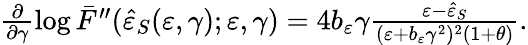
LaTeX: \begin{array}{r}{\frac{\partial}{\partial\gamma}\log{\bar{F}^{\prime\prime}(\hat{\varepsilon}_{S}(\varepsilon,\gamma);\varepsilon,\gamma)}=4b_{\varepsilon}\gamma\frac{\varepsilon-\hat{\varepsilon}_{S}}{(\varepsilon+b_{\varepsilon}\gamma^{2})^{2}(1+\theta)}.}\end{array}